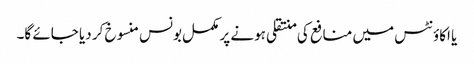
یا اکاؤنٹس میں منافع کی منتقلی ہونے پر مکمل بونس منسوخ کر دیا جائے گا۔